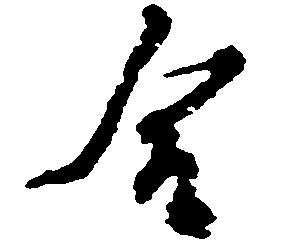
合